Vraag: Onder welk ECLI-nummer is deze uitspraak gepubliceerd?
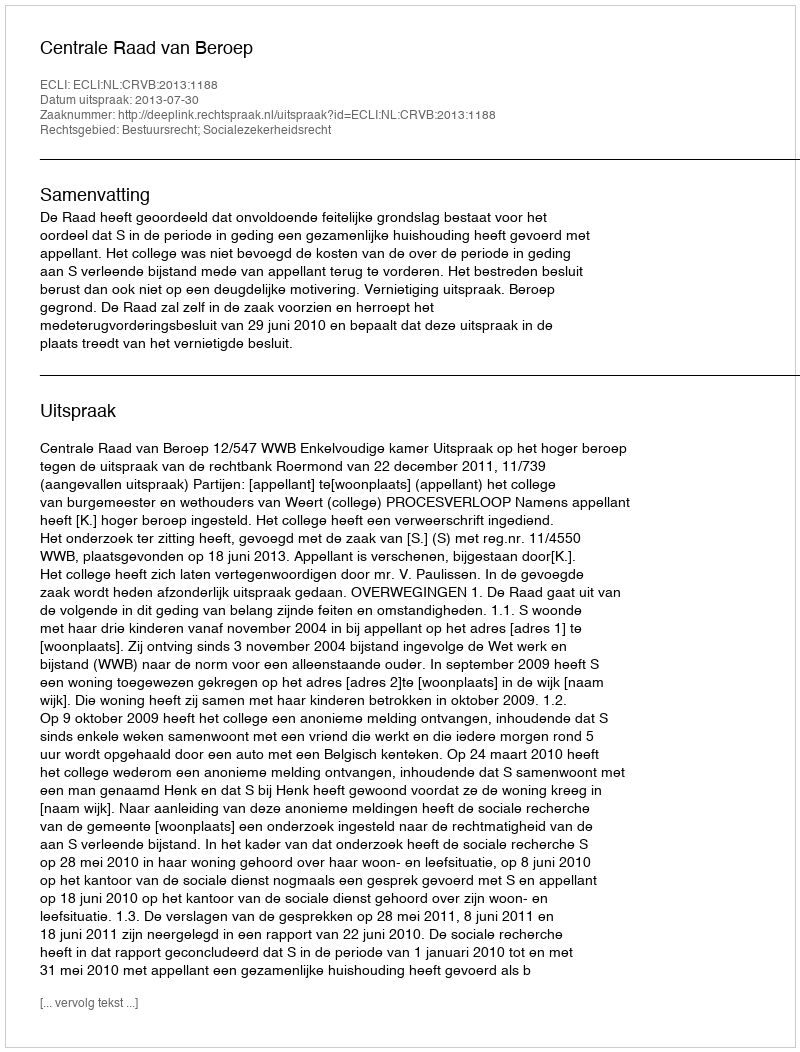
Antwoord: ECLI:NL:CRVB:2013:1188